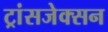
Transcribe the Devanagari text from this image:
ट्रांसजेक्सन